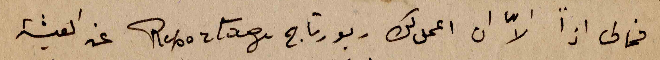
فما لى اذاً الاّ ان اعمل لك ربورتاج Reportage عن العيشة